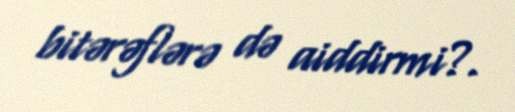
bitərəflərə də aiddirmi?.